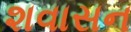
શવાસન